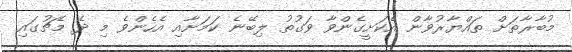
މުބާރާތަށް ތައްޔާރުވާން އެކަށީގެންވާ ވަގުތު ލިބޭނެ ކަމަށާއި އެހެންވެ މި ދެ މެޗުގައި